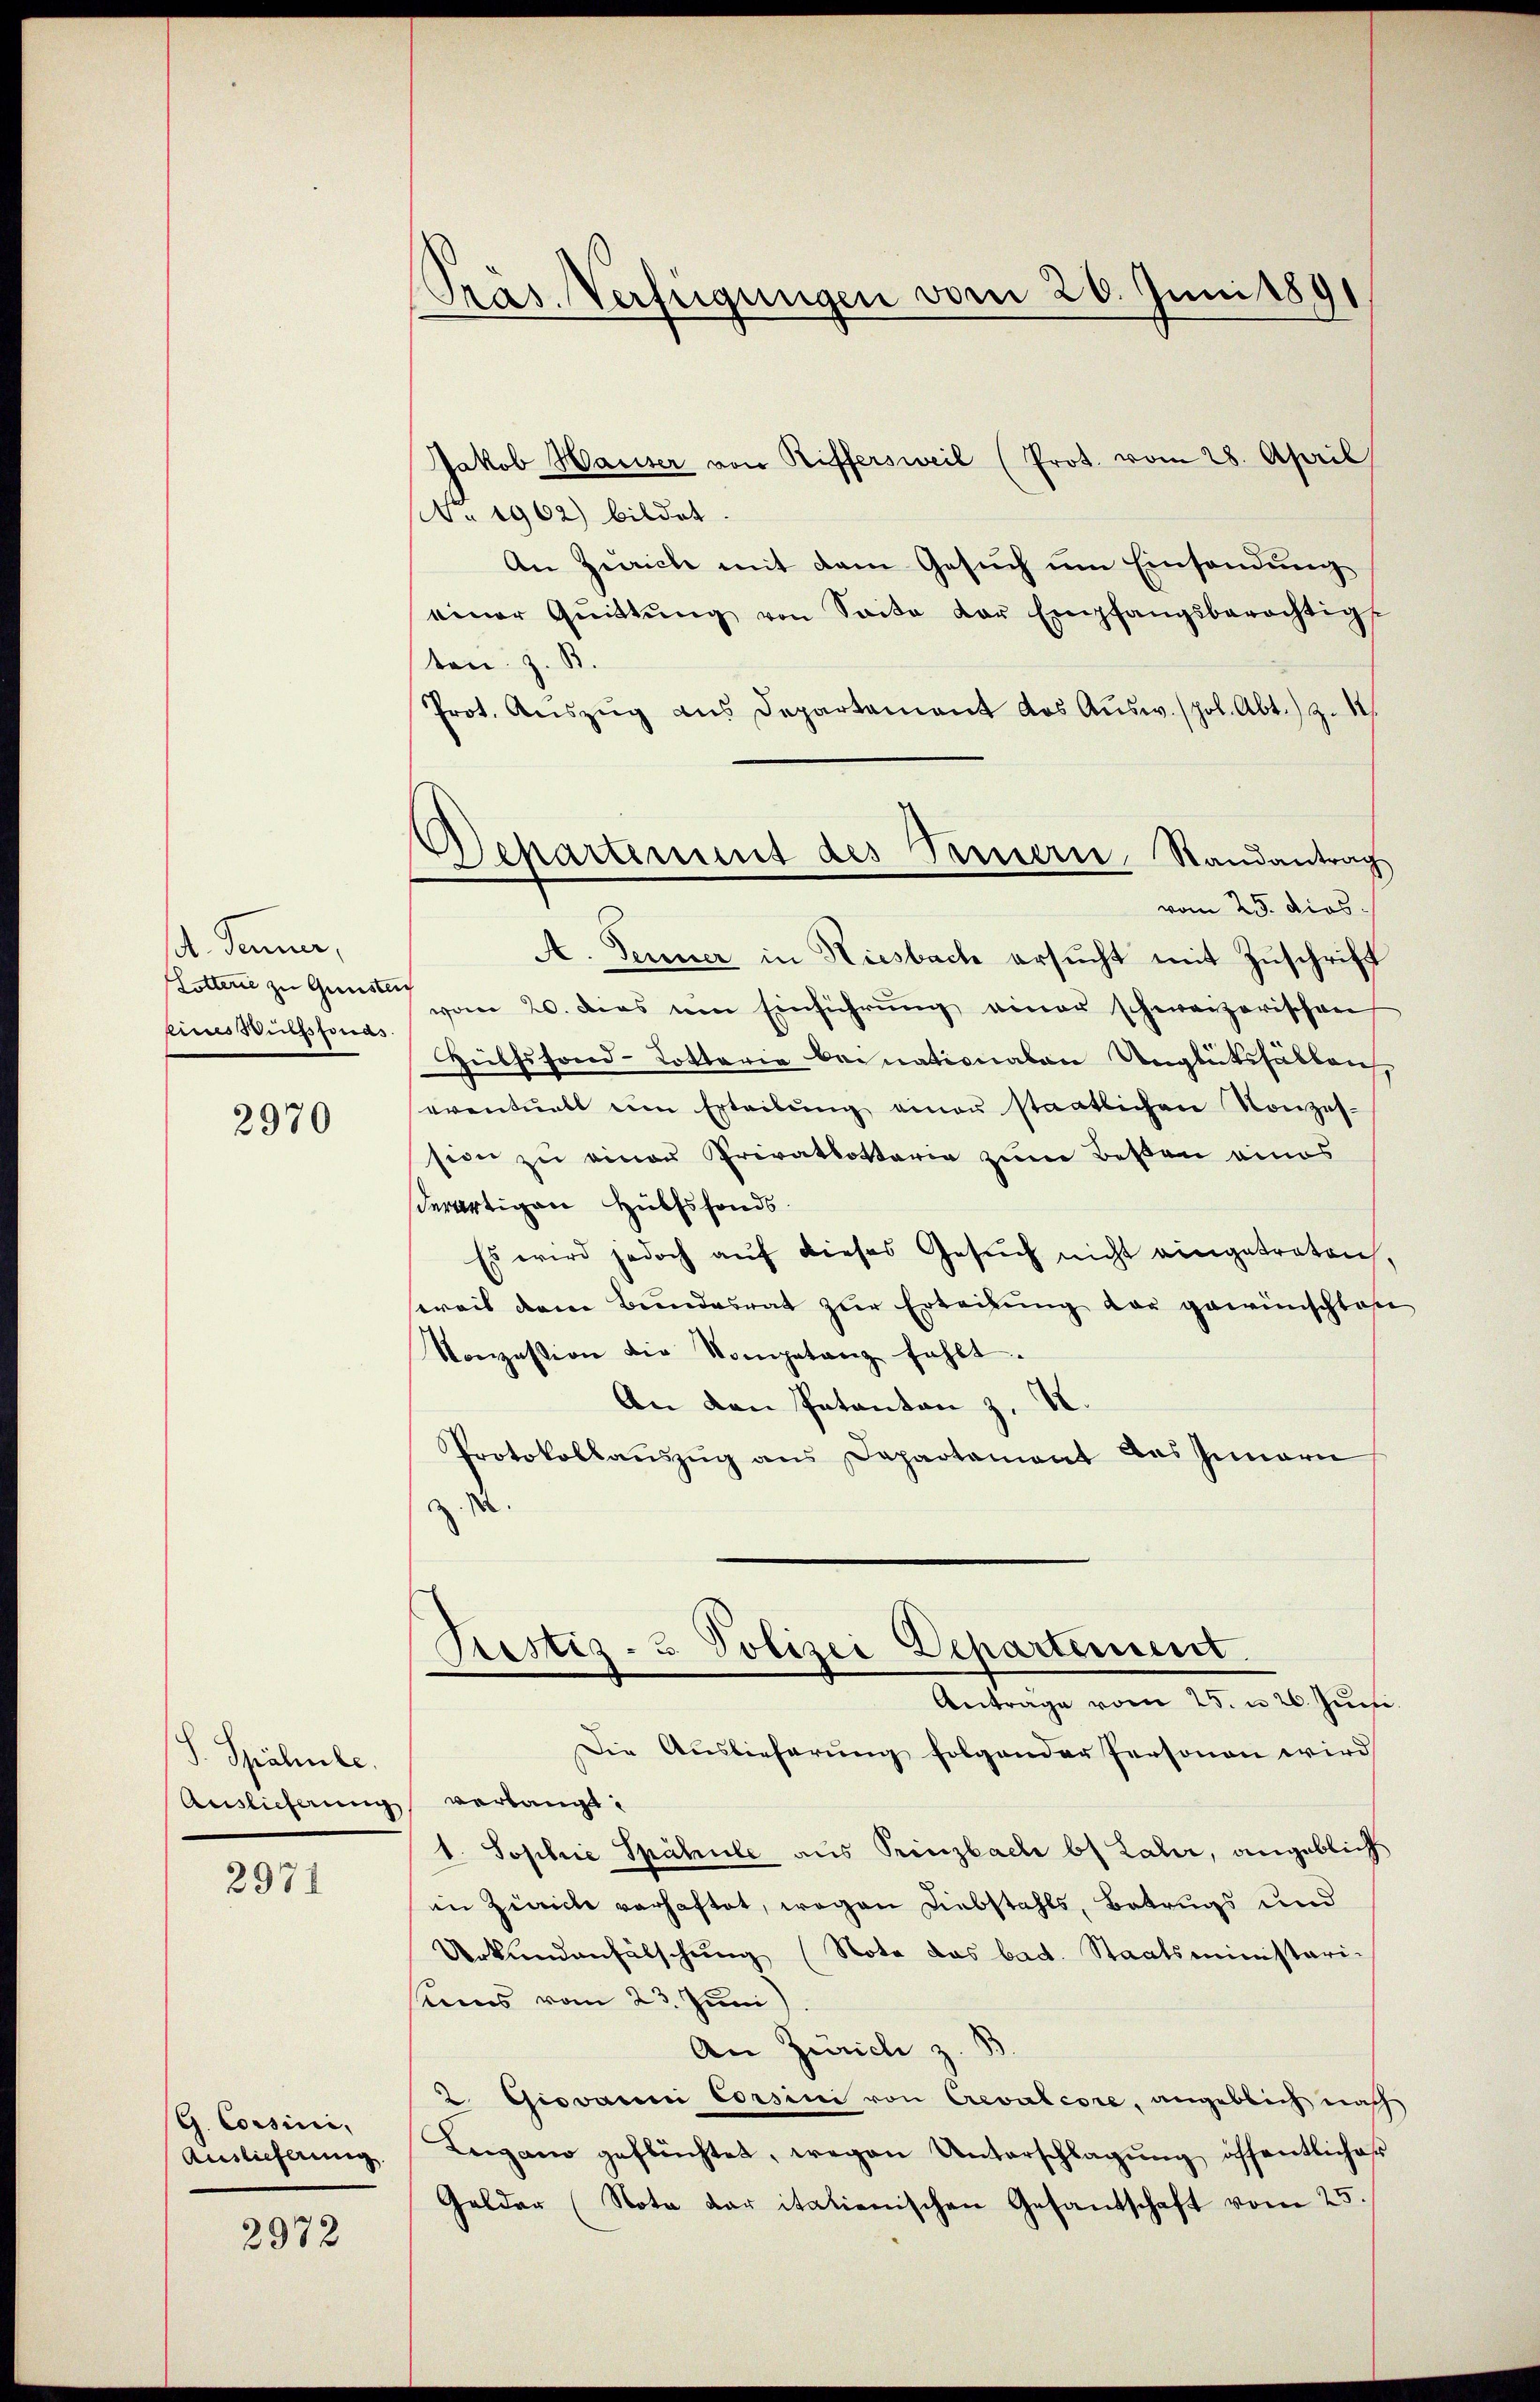
A. Jenner,
Lotterie zu Gunsteich
eines Wülfsfonds.

2970

J. Spälle.
Auslieferung verlangt:

2971

G. Corsini,
Auslieferung

2972

Präs. Verfügungen vom 26. Juni 1891

Separtement des Treuern, Randantrag

Jakob Hauser von Riffersweil (Prot. vom 28. April
No 1902) bildet.
An Zürich mit dem Gesuch um Einsendung
einer Gŭittŭng von Saite der Empfangsberechtigt
ten z. B.
Prot. Aŭszŭg aŭs Departament das Aŭsw. (pol. Abt.) Z. 11
vom 25. dios.
A. Fenner in Kiesbach ersucht mit Zuschrift
vom 20. dies am Einführŭng einer schweizerischen
Hülfsfond-Lotterie beinationalen Unglüksfällens
eventualt ein Erteibŭng einer staatlichen Konzes-
sion zu einer Privatbottaria zum Bessen eines
derartigen Hülfsfonds.
Es wird jedoch auf dieses Gesuch nicht eingetreten,
sereit dem Bundesrat zur Erteilung der gewünschtes
Konzession die Kompetanz fehlt.
An den Patanton z. B.
Protokollauszug aus Departament des Innern
.
Prestiz- & Polizei Departement
Antrage vom 25. u 26. Juni
Die Auslieferung folgender Personen wird
1. Sophie Spähule aus Prinzbach bis Lahr, angeblich
in Zürich verhaftet, wegen Diebstahls, Betrugs und
Urkŭndenfälschung (Nota das bad. Staatsministeri-
sens vom 23. Juni
An Zürich z. B
2 Giovanni Corsini von Crevalcore, angeblich nach
Leigano geflüchtet, wegen Unterschlagŭng öffentlicher
Gelder (Nota dar italienischen Gesandschaft vom 25.